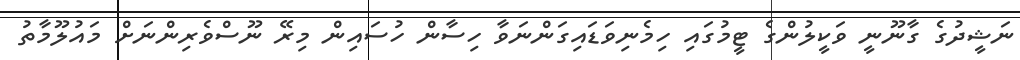
ނަޝީދުގެ ގާނޫނީ ވަކީލުންގެ ޓީމުގައި ހިމެނިވަޑައިގަންނަވާ ހިސާން ހުސައިން މިރޭ ނޫސްވެރިންނަށް މައުލޫމާތު